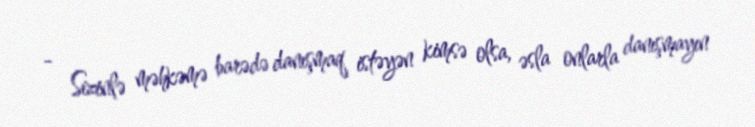
- Sizinlə məhkəmə barədə danışmaq istəyən kimsə olsa, əsla onlarla danışmayın